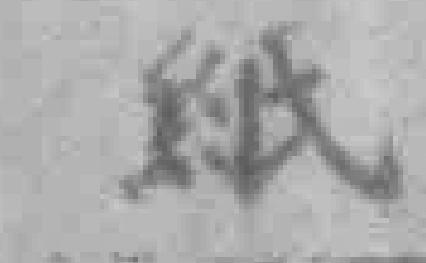
紙